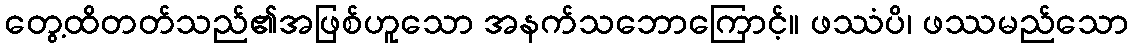
တွေ့ထိတတ်သည်၏အဖြစ်ဟူသော အနက်သဘောကြောင့်။ ဖဿံပိ၊ ဖဿမည်သော